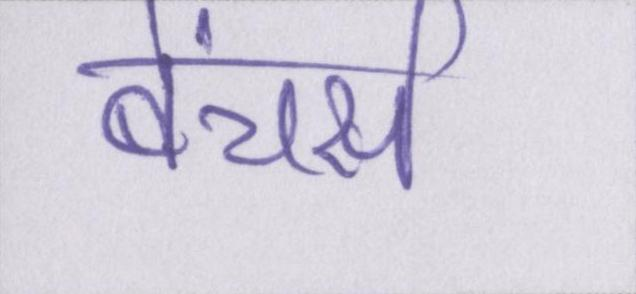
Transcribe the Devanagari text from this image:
बेंचर्स